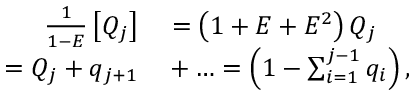
\begin{array} { r l } { \frac { 1 } { 1 - E } \left[ Q _ { j } \right] } & { { } = \left( 1 + E + E ^ { 2 } \right) Q _ { j } } \\ { = Q _ { j } + q _ { j + 1 } } & { { } + \ldots = \left( 1 - \sum _ { i = 1 } ^ { j - 1 } q _ { i } \right) , } \end{array}